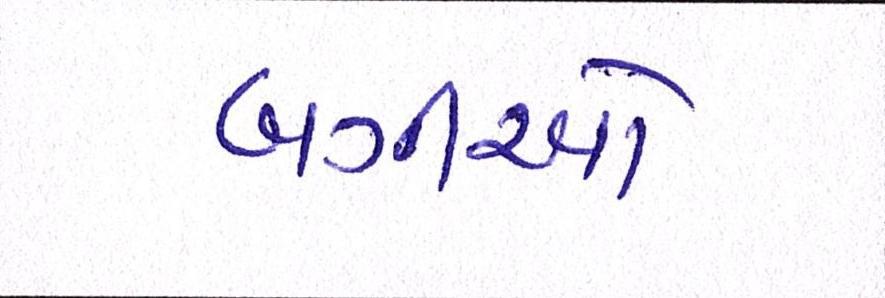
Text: બગીઓ